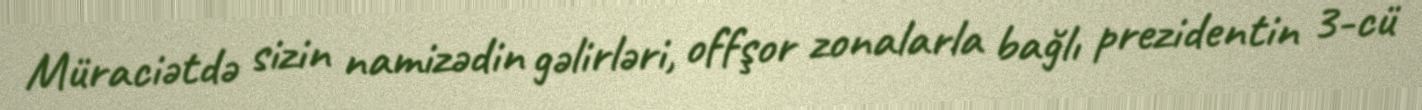
Müraciətdə sizin namizədin gəlirləri, offşor zonalarla bağlı prezidentin 3-cü